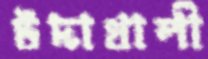
উদাখালী